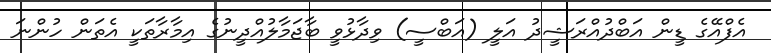
އެފްއޭގެ ޑީން އަބްދުއްރަޝީދު އަލީ (އަބްސީ) ވިދާޅުވީ ބާޖަމާލުއްދީނުގެ އިމާރާތަކީ އެތަން ހުންނަ